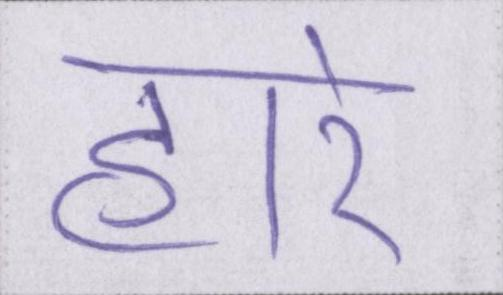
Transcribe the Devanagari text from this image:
हारे